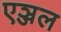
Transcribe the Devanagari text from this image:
एञ्जल